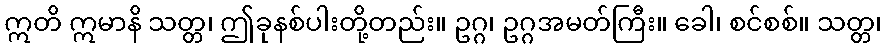
ဣတိ ဣမာနိ သတ္တ၊ ဤခုနစ်ပါးတို့တည်း။ ဥဂ္ဂ၊ ဥဂ္ဂအမတ်ကြီး။ ခေါ၊ စင်စစ်။ သတ္တ၊